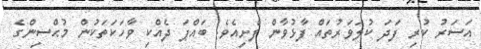
އަސަރު ކުރި ފަދަ ކުލަވަރުތައް ފާޅުވާން ފެށިއެވެ. ބައްޕަ ދެއްކި ވާހަކަތަކުން މުޙްސިންގެ